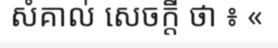
សំគាល់ សេចក្តី ថា ៖ «